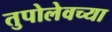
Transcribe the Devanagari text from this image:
तुपोलेवच्या